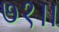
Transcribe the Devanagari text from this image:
७१।।